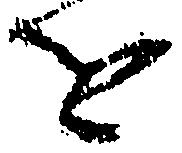
を